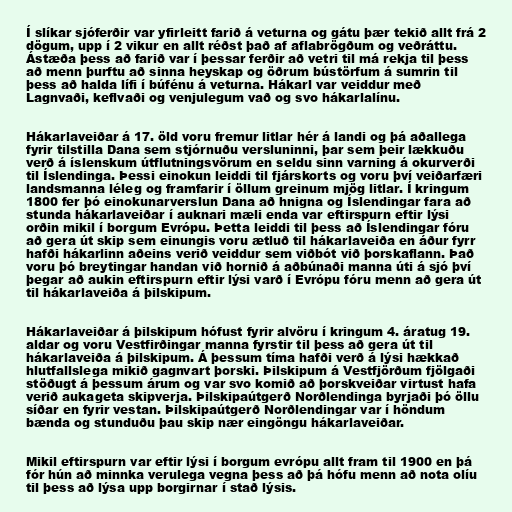
Í slíkar sjóferðir var yfirleitt farið á veturna og gátu þær tekið allt frá 2
dögum, upp í 2 vikur en allt réðst það af aflabrögðum og veðráttu.
Ástæða þess að farið var í þessar ferðir að vetri til má rekja til þess
að menn þurftu að sinna heyskap og öðrum bústörfum á sumrin til
þess að halda lífi í búfénu á veturna. Hákarl var veiddur með
Lagnvaði, keflvaði og venjulegum vað og svo hákarlalínu.

Hákarlaveiðar á 17. öld voru fremur litlar hér á landi og þá aðallega
fyrir tilstilla Dana sem stjórnuðu versluninni, þar sem þeir lækkuðu
verð á íslenskum útflutningsvörum en seldu sinn varning á okurverði
til Íslendinga. Þessi einokun leiddi til fjárskorts og voru því veiðarfæri
landsmanna léleg og framfarir í öllum greinum mjög litlar. Í kringum
1800 fer þó einokunarverslun Dana að hnigna og Íslendingar fara að
stunda hákarlaveiðar í auknari mæli enda var eftirspurn eftir lýsi
orðin mikil í borgum Evrópu. Þetta leiddi til þess að Íslendingar fóru
að gera út skip sem einungis voru ætluð til hákarlaveiða en áður fyrr
hafði hákarlinn aðeins verið veiddur sem viðbót við þorskaflann. Það
voru þó breytingar handan við hornið á aðbúnaði manna úti á sjó því
þegar að aukin eftirspurn eftir lýsi varð í Evrópu fóru menn að gera út
til hákarlaveiða á þilskipum.

Hákarlaveiðar á þilskipum hófust fyrir alvöru í kringum 4. áratug 19.
aldar og voru Vestfirðingar manna fyrstir til þess að gera út til
hákarlaveiða á þilskipum. Á þessum tíma hafði verð á lýsi hækkað
hlutfallslega mikið gagnvart þorski. Þilskipum á Vestfjörðum fjölgaði
stöðugt á þessum árum og var svo komið að þorskveiðar virtust hafa
verið aukageta skipverja. Þilskipaútgerð Norðlendinga byrjaði þó öllu
síðar en fyrir vestan. Þilskipaútgerð Norðlendingar var í höndum
bænda og stunduðu þau skip nær eingöngu hákarlaveiðar.

Mikil eftirspurn var eftir lýsi í borgum evrópu allt fram til 1900 en þá
fór hún að minnka verulega vegna þess að þá hófu menn að nota olíu
til þess að lýsa upp borgirnar í stað lýsis.